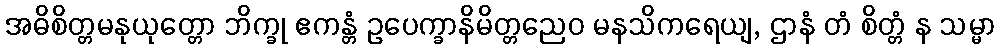
အဓိစိတ္တမနုယုတ္တော ဘိက္ခု ဧကန္တံ ဥပေက္ခာနိမိတ္တညေဝ မနသိကရေယျ, ဌာနံ တံ စိတ္တံ န သမ္မာ